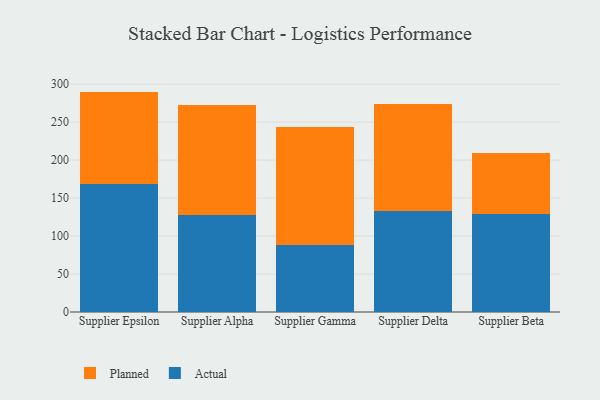
{"axis": {"x": "Supplier", "y": "Bounce Rate (%)"}, "legend": ["Actual", "Planned"], "data": [{"x": "Supplier Epsilon", "y": 168.4, "type": "Actual"}, {"x": "Supplier Epsilon", "y": 121.8, "type": "Planned"}, {"x": "Supplier Alpha", "y": 127.9, "type": "Actual"}, {"x": "Supplier Alpha", "y": 144.8, "type": "Planned"}, {"x": "Supplier Gamma", "y": 87.8, "type": "Actual"}, {"x": "Supplier Gamma", "y": 155.4, "type": "Planned"}, {"x": "Supplier Delta", "y": 133.0, "type": "Actual"}, {"x": "Supplier Delta", "y": 140.8, "type": "Planned"}, {"x": "Supplier Beta", "y": 129.2, "type": "Actual"}, {"x": "Supplier Beta", "y": 80.4, "type": "Planned"}]}